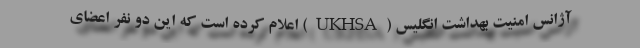
آژانس امنیت بهداشت انگلیس (UKHSA) اعلام کرده است که این دو نفر اعضای